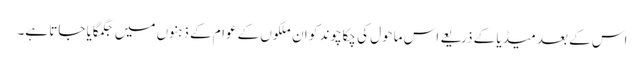
اس کے بعد میڈیا کے ذریعے اس ماحول کی چکاچوند کو ان ملکوں کے عوام کے ذہنوں میں جگمگایا جاتا ہے۔